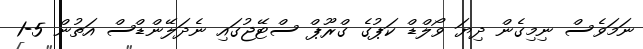
ނަމަވެސް ނިމިގެން ދިޔަ ވޯލްޑް ކަޕުގެ ގްރޫޕް ސްޓޭޖުގައި ނެދަލޭންޑްސް އަތުން 5-1